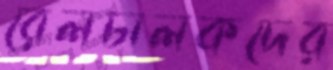
রেলচালকদের